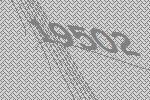
19502